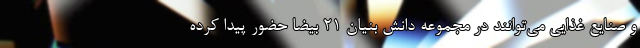
و صنایع غذایی می‌توانند در مجموعه دانش بنیان 21 بیضا حضور پیدا کرده